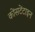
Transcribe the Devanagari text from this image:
कोंसटेंटाइन